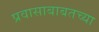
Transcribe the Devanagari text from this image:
प्रवासाबाबतच्या